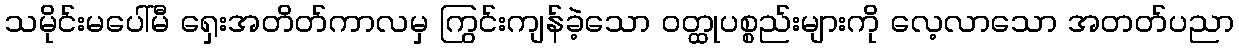
သမိုင်းမပေါ်မီ ရှေးအတိတ်ကာလမှ ကြွင်းကျန်ခဲ့သော ဝတ္ထုပစ္စည်းများကို လေ့လာသော အတတ်ပညာ